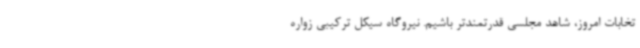
تخابات امروز، شاهد مجلسی قدرتمندتر باشیم. نیروگاه سیکل ترکیبی زواره